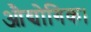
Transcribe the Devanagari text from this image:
औद्योगिक।